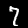
Label: 7